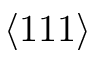
\langle 1 1 1 \rangle